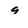
Character: 9